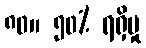
၈၀။ ၅၀% ရရှိမှု